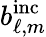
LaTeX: b_{\ell,m}^{\mathrm{inc}}